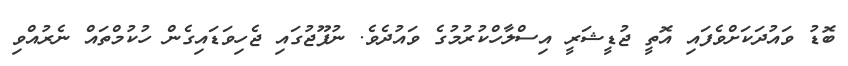
ބޮޑު ވައުދަކަށްވެފައި އޮޮތީ ޖުޑީޝަރީ އިސްލާހްކުރުމުގެ ވައުދެވެ. ނުފޫޖުގައި ޖެހިވަޑައިގެން ހުކުމްތައް ނެރުއްވި